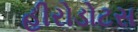
હીરોડોટસ